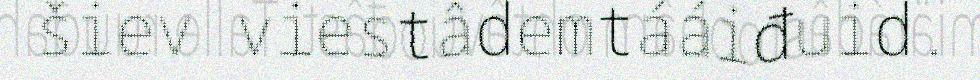
šiev viestâdemtááiđuid.